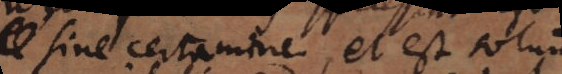
sine certamine, et est solum